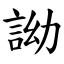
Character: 詏